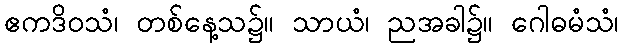
ဧကဒိဝသံ၊ တစ်နေ့သ၌။ သာယံ၊ ညအခါ၌။ ဂေါဓမံသံ၊